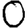
Digit: 0